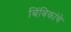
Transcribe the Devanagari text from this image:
बिंबिकांचे